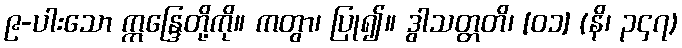
၉-ပါးသော ဣန္ဒြေတို့ကို။ ကတွာ၊ ပြု၍။ ဒွါသတ္တတိ၊ [၀၁] (နိ၊ ၃၄၇)